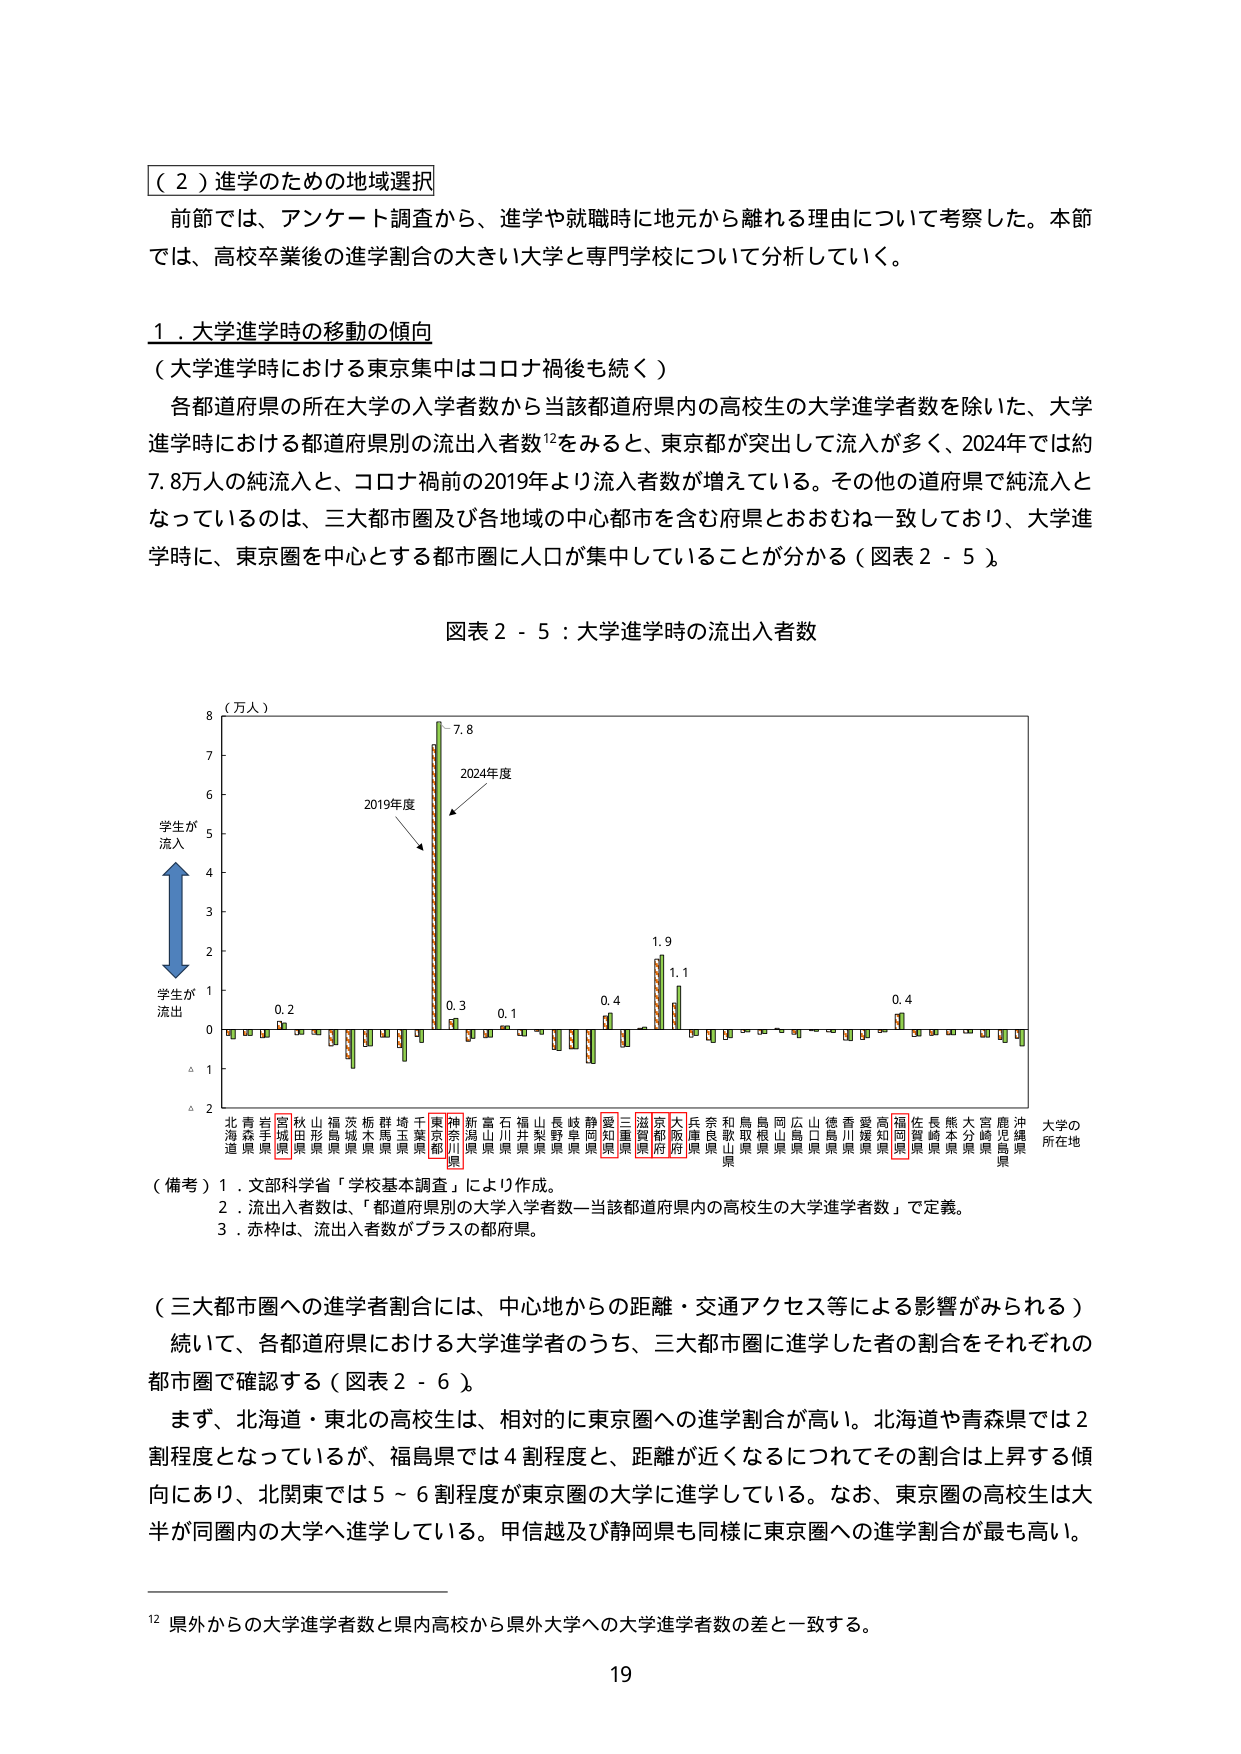
（２）進学のための地域選択
前節では、アンケート調査から、進学や就職時に地元から離れる理由について考察した。本節では、高校卒業後の進学割合の大きい大学と専門学校について分析していく。

１．大学進学時の移動の傾向
（大学進学時における東京集中はコロナ禍後も続く）
各都道府県の所在大学の入学者数から当該都道府県内の高校生の大学進学者数を除いた、大学進学時における都道府県別の流出入者数¹²をみると、東京都が突出して流入が多く、2024年では約7.8万人の純流入と、コロナ禍前の2019年より流入者数が増えている。その他の道府県で純流入となっているのは、三大都市圏及び各地域の中心都市を含む府県とおおむね一致しており、大学進学時に、東京圏を中心とする都市圏に人口が集中していることが分かる（図表２－５）。

図表２－５：大学進学時の流出入者数

（万人）
8
7
6
5
4
3
2
1
0
△1
△2

学生が
流入

学生が
流出

2019年度
2024年度
7.8
0.3
0.1
0.4
1.9
1.1
0.4

北海道
青森県
岩手県
宮城県
秋田県
山形県
福島県
茨城県
栃木県
群馬県
埼玉県
千葉県
東京都
神奈川県
新潟県
富山県
石川県
福井県
山梨県
長野県
岐阜県
静岡県
愛知県
三重県
滋賀県
京都府
大阪府
兵庫県
奈良県
和歌山県
鳥取県
島根県
岡山県
広島県
山口県
徳島県
香川県
愛媛県
高知県
福岡県
佐賀県
長崎県
熊本県
大分県
宮崎県
鹿児島県
沖縄県

大学の
所在地

（備考）１．文部科学省「学校基本調査」により作成。
　　　２．流出入者数は、「都道府県別の大学入学者数－当該都道府県内の高校生の大学進学者数」で定義。
　　　３．赤枠は、流出入者数がプラスの都府県。

（三大都市圏への進学者割合には、中心地からの距離・交通アクセス等による影響がみられる）
続いて、各都道府県における大学進学者のうち、三大都市圏に進学した者の割合をそれぞれの都市圏で確認する（図表２－６）。
まず、北海道・東北の高校生は、相対的に東京圏への進学割合が高い。北海道や青森県では２割程度となっているが、福島県では４割程度と、距離が近くなるにつれてその割合は上昇する傾向にあり、北関東では５～６割程度が東京圏の大学に進学している。なお、東京圏の高校生は大半が同圏内の大学へ進学している。甲信越及び静岡県も同様に東京圏への進学割合が最も高い。

¹² 県外からの大学進学者数と県内高校から県外大学への大学進学者数の差と一致する。

19